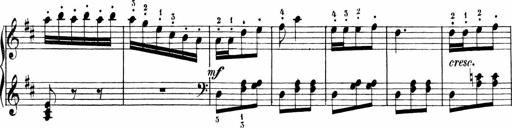
Title: 6 Liedersonatinen
Composer: Carl Reinecke